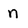
Character: n